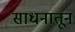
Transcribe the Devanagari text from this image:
साधनातून